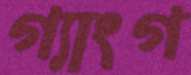
গ্যাংগ